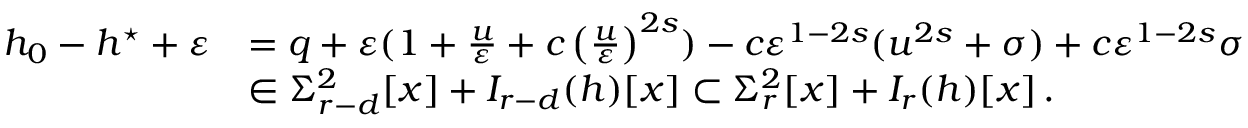
\begin{array} { r l } { h _ { 0 } - h ^ { \star } + \varepsilon } & { = q + \varepsilon ( 1 + \frac { u } { \varepsilon } + c \left( \frac { u } { \varepsilon } \right) ^ { 2 s } ) - c \varepsilon ^ { 1 - 2 s } ( u ^ { 2 s } + \sigma ) + c \varepsilon ^ { 1 - 2 s } \sigma } \\ & { \in \Sigma _ { r - d } ^ { 2 } [ x ] + I _ { r - d } ( h ) [ x ] \subset \Sigma _ { r } ^ { 2 } [ x ] + I _ { r } ( h ) [ x ] \, . } \end{array}